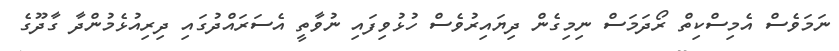
ނަމަވެސް އެމިސްކިތް ރޯދަމަސް ނިމިގެން ދިޔައިރުވެސް ހުޅުވިފައި ނުވާތީ އެސަރައްދުގައި ދިރިއުޅެމުންދާ ގާދޫގެ